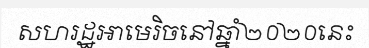
សហរដ្ឋអាមេរិចនៅឆ្នាំ២០២០នេះ